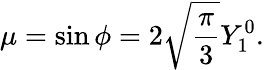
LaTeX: \mu=\sin\phi=2\sqrt{\frac{\pi}{3}}Y_{1}^{0}.